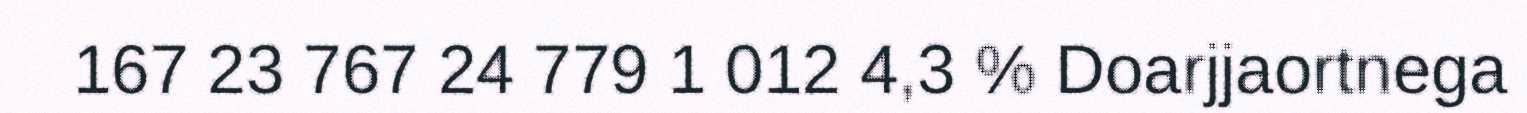
167 23 767 24 779 1 012 4,3 % Doarjjaortnega